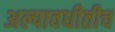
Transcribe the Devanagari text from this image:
अल्पावधीतीच